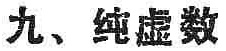
九、纯虚数